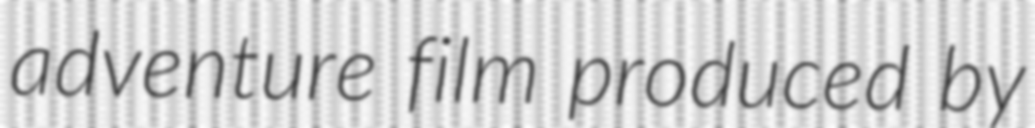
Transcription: adventure film produced by